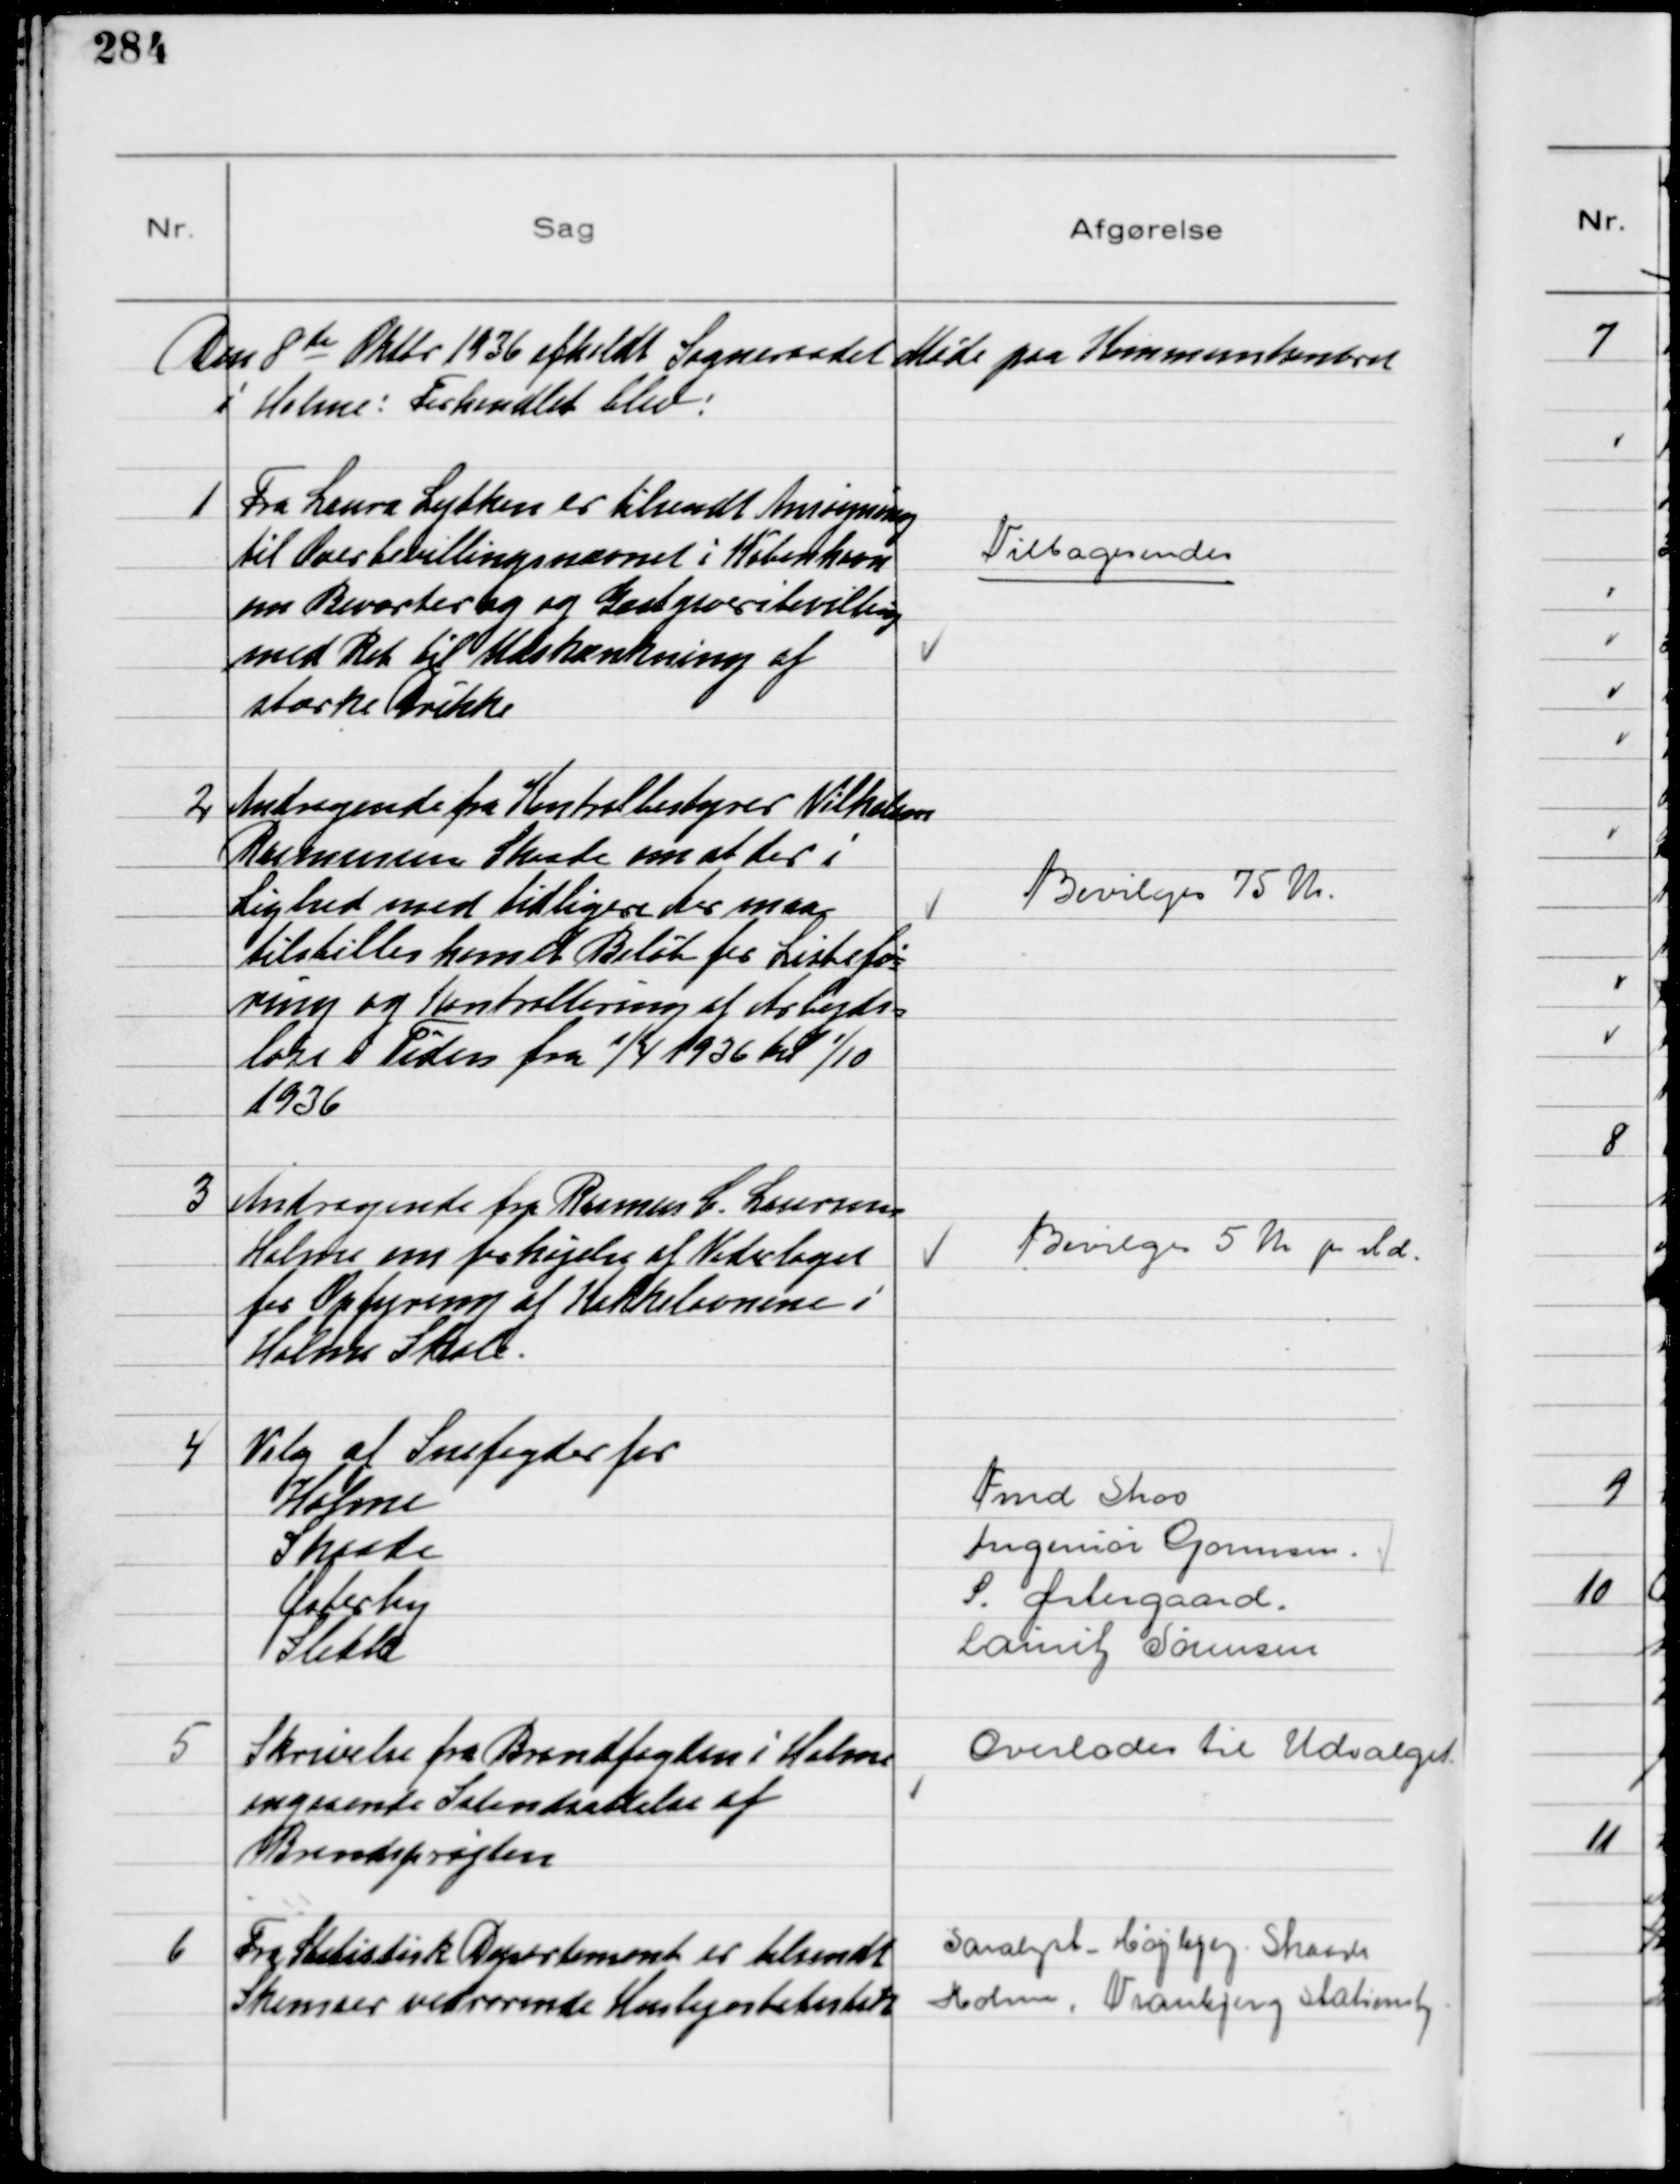
Transskription:
Den 8de Oktbr 1936 afholdt Sogneraadet Møde paa Kommunekontoret
i Holme. Forhandlet blev!

1
Fra Laura Lytken er tilsendt Ansøgning
til Overbevillingsnævnet i København
om Beværter og Gæstgiverbevilling
med Ret tilUdskænkning af
stærke Drikke

Tilbagesendes

2
Andragende fra Kontrolbestyrer Vilhelm
Rasmussen Skaade om at der i
Lighed med tidligere Aar maa
tilstilles ham et Beløb for Listefø
ring og Kontrollering af Arbejds-
løse i Tiden fra 1/4 1936 til 1/10
1936

Bevilges 75 Kr

3
Andragende fra Rasmus C. Laursen
Holme om forhøjelse af Vederlaget
for Opfyring af Kakkelovnene i
Holme Skole.

Bevilges 5 Kr pr Md

4
Valg af Snefogder for
Holme
Fmd Skov
Skaade
Ingeniør Gormsen
Østerby
S. Østergaard
Sleth
Lauritz Sørensen

5
Skrivelse fra Brandfogden i Holme
angaaende Istandsættelse af
Brandsprøjten

Overlodes til Udvalget

6
Fra Statistisk Departement er tilsendt
Skemaer vedrørende Huslejestatistik

Saralyst Højbjerg Skaade
Holme, Tranbjerg Stationsby